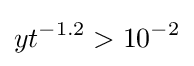
yt^{-1.2}>10^{-2}